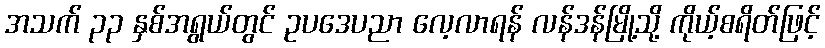
အသက် ၃၃ နှစ်အရွယ်တွင် ဥပဒေပညာ လေ့လာရန် လန်ဒန်မြို့သို့ ကိုယ့်စရိတ်ဖြင့်